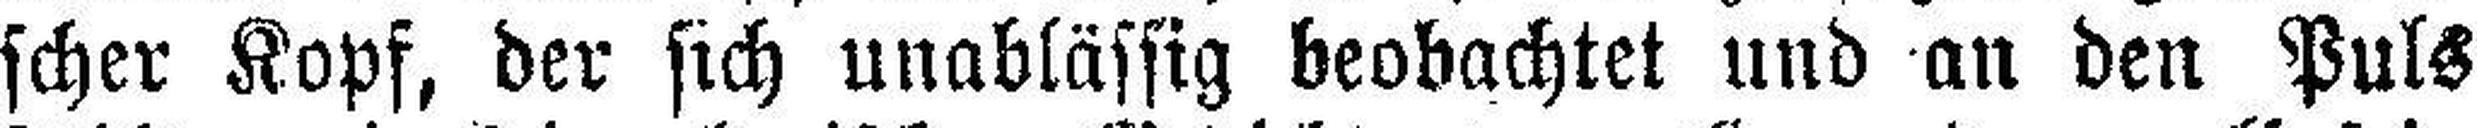
scher Kopf, der sich unablässig beobachtet und an den Puls